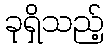
ခုရှိသည့်